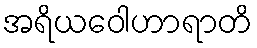
အရိယဝေါဟာရာတိ